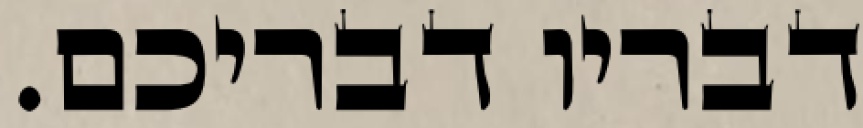
דבריו דבריכם.